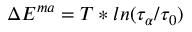
\Delta E ^ { m a } = T * l n ( \tau _ { \alpha } / \tau _ { 0 } )